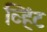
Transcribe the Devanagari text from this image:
व्हिंट